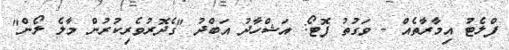
ފްލެޓު އިމާރާތެއް - ވަގުތު ފޮޓޯ: އަޝްހާދު އަބްދު "ގެދޮރުވެރިކުރުން މާލެ ލޯން"